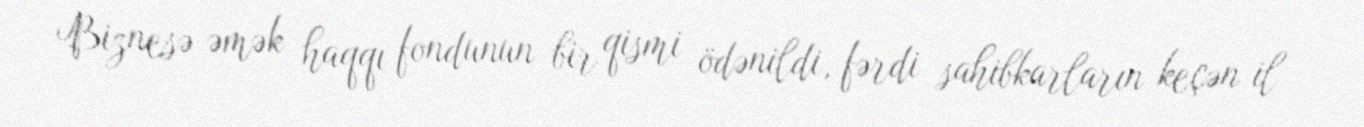
Biznesə əmək haqqı fondunun bir qismi ödənildi, fərdi sahibkarların keçən il